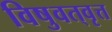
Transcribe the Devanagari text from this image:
विषुवत्‌वृत्त